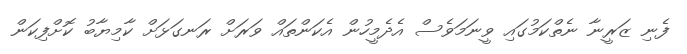
ފެނި ޒަރީނާ ނެތްކަމުގައި ވީނަމަވެސް އެދެމީހުން އެކަންތައް ވަރަށް ރަނގަޅަށް ކާމިޔާބު ކޮށްފިކަން